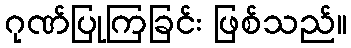
ဂုဏ်ပြုကြခြင်း ဖြစ်သည်။